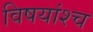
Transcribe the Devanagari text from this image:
विषयांश्च